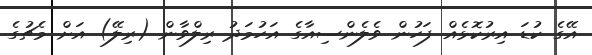
އޭގެ ކުޑަ އިރުކޮޅެއް ފަހުން ވެލެންސިއާގެ އަހުމަދު ރިލްވާން (ރިލޭ) އަށް މެޗުގެ